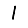
Digit: 1